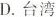
D. 台湾